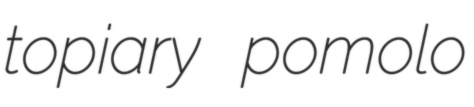
topiary pomolo